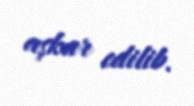
aşkar edilib.